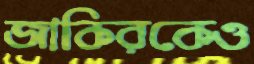
জাকিরকেও